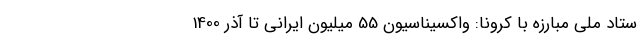
ستاد ملی مبارزه با کرونا: واکسیناسیون 55 میلیون ایرانی تا آذر 1400